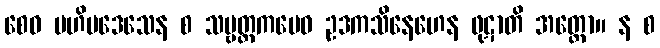
စေဝ ဗဟိပဒေသေန စ သဗ္ဗတ္ထကမေဝ ဥဒကသိနေဟေန ဖုဋာတိ အတ္ထော။ န စ